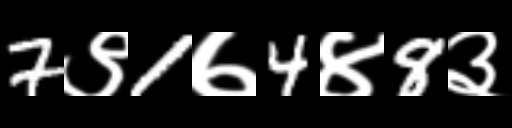
Text: 7९1७4४8३